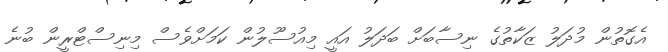
އެގޮތުން މުދަލު ޒަކާތުގެ ނިސާބަށް ބަދަލު އައީ މިއުސޫލުން ކަމަށްވެސް މިނިސްޓްރީން ބުނެ